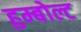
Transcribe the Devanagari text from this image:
हुम्बोल्ट